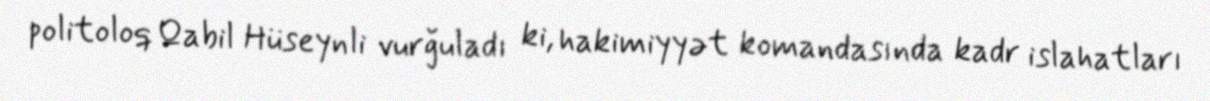
politoloq Qabil Hüseynli vurğuladı ki, hakimiyyət komandasında kadr islahatları